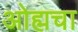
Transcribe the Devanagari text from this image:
ओह्मचा